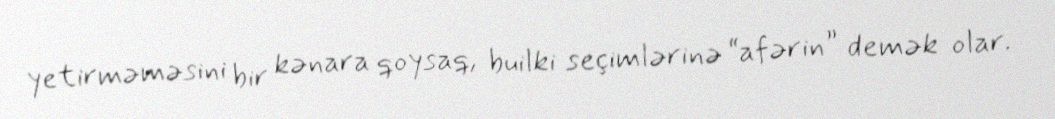
yetirməməsini bir kənara qoysaq, builki seçimlərinə “afərin” demək olar.